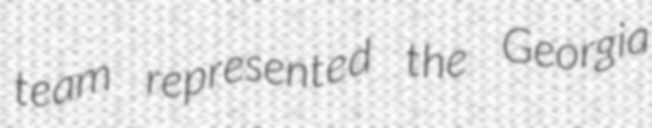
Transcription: team represented the Georgia